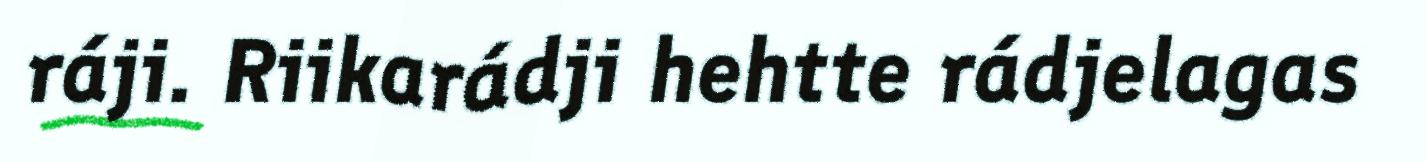
ráji. Riikarádji hehtte rádjelagas